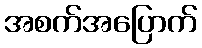
အစက်အပြောက်